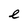
Character: e